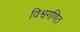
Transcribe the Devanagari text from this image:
विश्वगणित